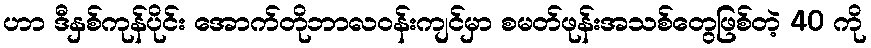
ဟာ ဒီနှစ်ကုန်ပိုင်း အောက်တိုဘာလဝန်းကျင်မှာ စမတ်ဖုန်းအသစ်တွေဖြစ်တဲ့ 40 ကို